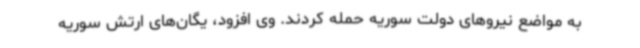
به مواضع نیروهای دولت سوریه حمله کردند. وی افزود، یگان‌های ارتش سوریه